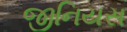
જીનિયસ